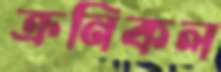
ক্রনিকল